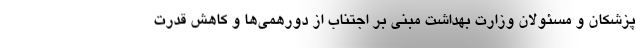
پزشکان و مسئولان وزارت بهداشت مبنی بر اجتناب از دورهمی‌ها و کاهش قدرت